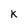
Character: K